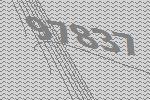
97837